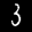
Label: 3